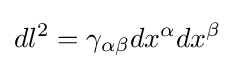
dl^{2}=\gamma _{\alpha \beta }dx^{\alpha }dx^{\beta }